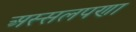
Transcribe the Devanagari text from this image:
अस्सलपणा